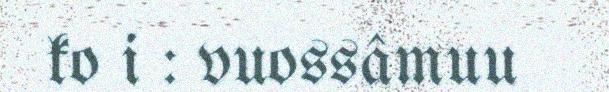
ko i : vuossâmuu